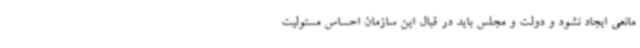
مانعی ایجاد نشود و دولت و مجلس باید در قبال این سازمان احساس مسئولیت